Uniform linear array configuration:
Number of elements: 32
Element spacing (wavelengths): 0.5
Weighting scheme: cosine
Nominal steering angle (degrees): -30
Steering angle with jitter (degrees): -28.348
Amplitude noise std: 0.05
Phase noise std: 0.05

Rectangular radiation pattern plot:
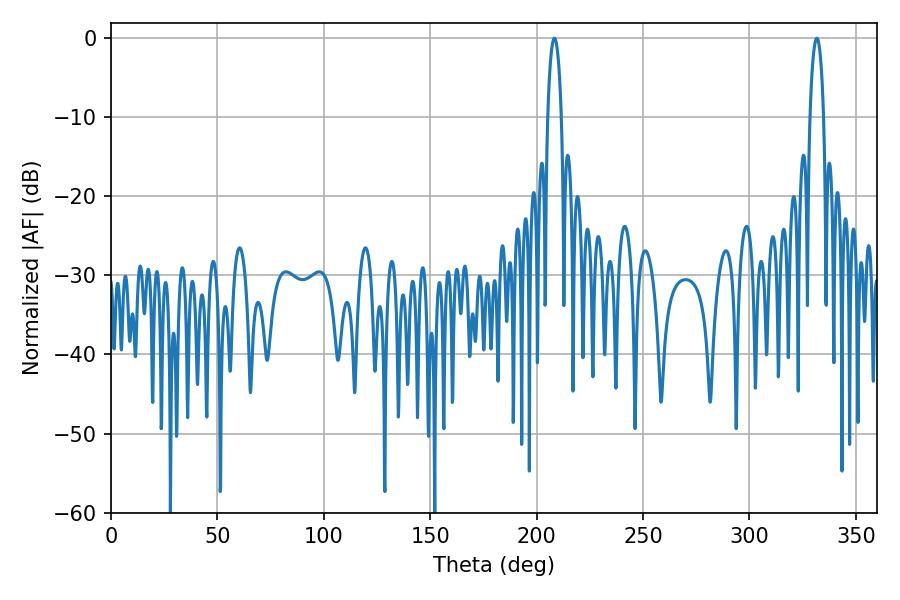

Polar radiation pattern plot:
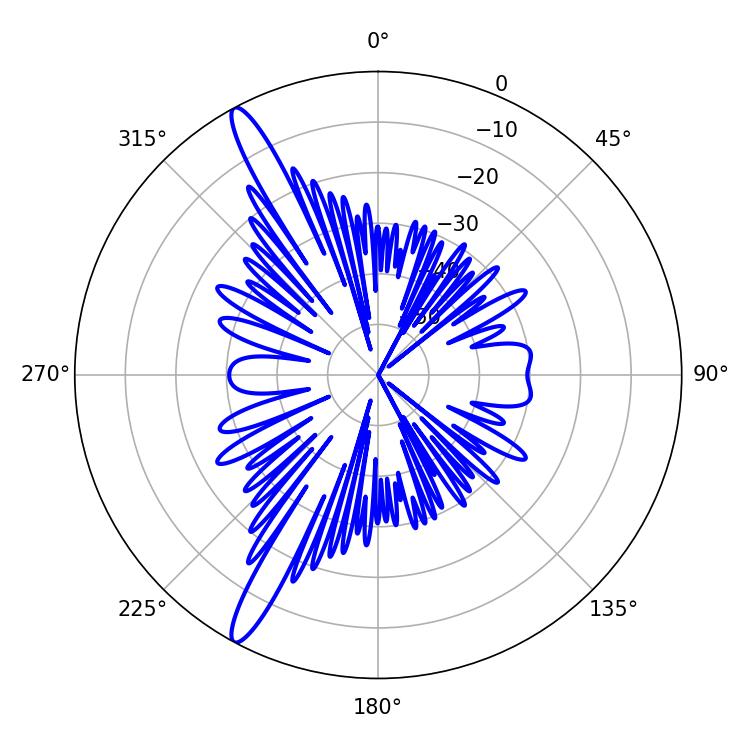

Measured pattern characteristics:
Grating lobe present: FALSE
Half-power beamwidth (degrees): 3.6
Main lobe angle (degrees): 208.26